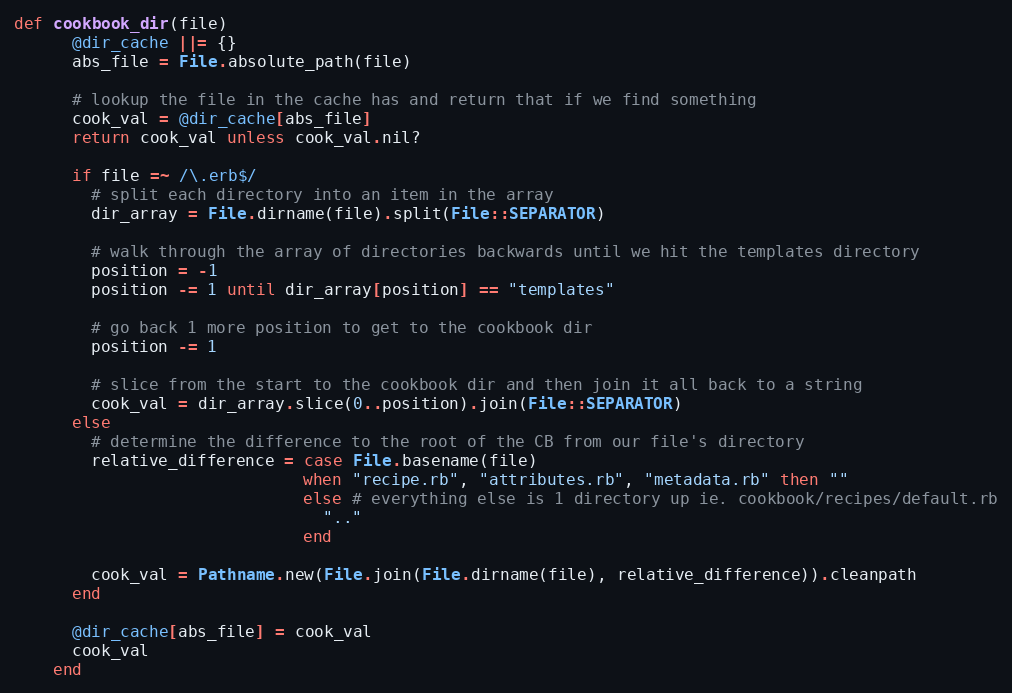
Language: Ruby
def cookbook_dir(file)
      @dir_cache ||= {}
      abs_file = File.absolute_path(file)

      # lookup the file in the cache has and return that if we find something
      cook_val = @dir_cache[abs_file]
      return cook_val unless cook_val.nil?

      if file =~ /\.erb$/
        # split each directory into an item in the array
        dir_array = File.dirname(file).split(File::SEPARATOR)

        # walk through the array of directories backwards until we hit the templates directory
        position = -1
        position -= 1 until dir_array[position] == "templates"

        # go back 1 more position to get to the cookbook dir
        position -= 1

        # slice from the start to the cookbook dir and then join it all back to a string
        cook_val = dir_array.slice(0..position).join(File::SEPARATOR)
      else
        # determine the difference to the root of the CB from our file's directory
        relative_difference = case File.basename(file)
                              when "recipe.rb", "attributes.rb", "metadata.rb" then ""
                              else # everything else is 1 directory up ie. cookbook/recipes/default.rb
                                ".."
                              end

        cook_val = Pathname.new(File.join(File.dirname(file), relative_difference)).cleanpath
      end

      @dir_cache[abs_file] = cook_val
      cook_val
    end